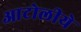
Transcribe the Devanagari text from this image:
आटोलीये